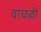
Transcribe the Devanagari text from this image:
वाघळी